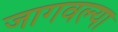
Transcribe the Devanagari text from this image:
जागवल्या